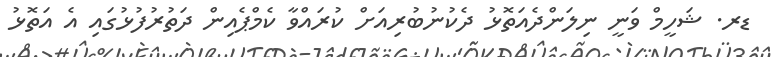
ޑރ. ޝަހީމް ވަނީ ނިލަންދެއަތޮޅު ދެކުނުބުރިއަށް ކުރައްވާ ކެމްޕެއިން ދަތުރުފުޅުގައި އެ އަތޮޅު